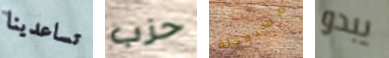
تساعدينا حزب مستعجلة يبدو